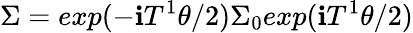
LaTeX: \Sigma=exp(-\mathbf{i}T^{1}\theta/2)\Sigma_{0}exp(\mathbf{i}T^{1}\theta/2)